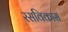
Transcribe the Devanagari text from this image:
रसविकास